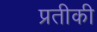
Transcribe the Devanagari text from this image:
प्रतीकी